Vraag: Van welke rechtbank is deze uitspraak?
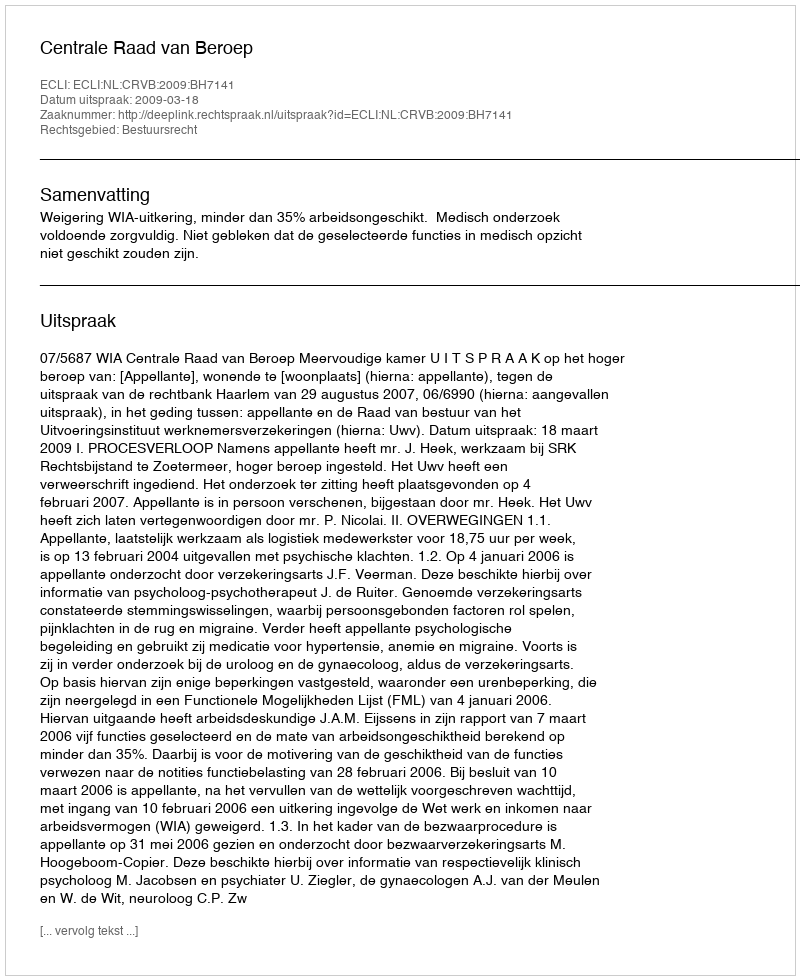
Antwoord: Centrale Raad van Beroep